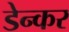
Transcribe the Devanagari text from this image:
डेन्कर